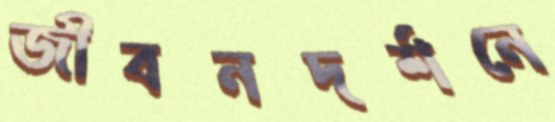
জীবনদর্শনে